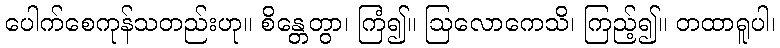
ပေါက်စေကုန်သတည်းဟု။ စိန္တေတွာ၊ ကြံ၍။ ဩလောကေသိ၊ ကြည့်၍။ တထာရူပါ၊